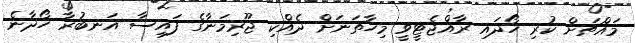
މައްޗަށް ކުރި ހޯދައި ރާއްޖެޓީވީ މިހާތަނަށް ދެއްކި ޖޫރިމަނާގެ ފައިސާ އަނބުރާ ހޯދާނެ